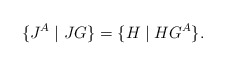
\begin{align*} \{ J^A \mid J G \} = \{ H \mid H G^A \} .\end{align*}